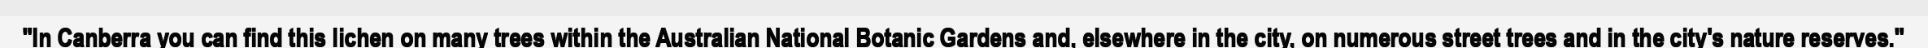
"In Canberra you can find this lichen on many trees within the Australian National Botanic Gardens and, elsewhere in the city, on numerous street trees and in the city's nature reserves."